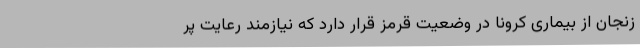
زنجان از بیماری کرونا در وضعیت قرمز قرار دارد که نیازمند رعایت پر